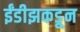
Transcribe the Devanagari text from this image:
ईंडीझकडून